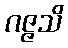
ဂဇ္ဇသိ